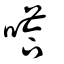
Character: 嗒